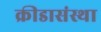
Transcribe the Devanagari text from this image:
क्रीडासंस्था